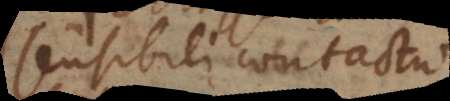
sensibili contactu.